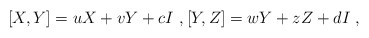
\begin{align*}{[X,Y]=uX+vY+cI} \ , {[Y,Z]=wY+zZ+dI} \ ,\end{align*}